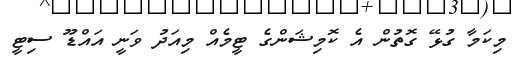
މިކަމާ ގުޅޭ ގޮތުން އެ ކޮމިޝަންގެ ޓީމެއް މިއަދު ވަނީ އައްޑޫ ސިޓީ